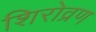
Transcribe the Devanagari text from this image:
शिरोव्रण